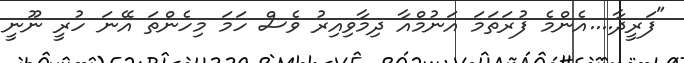
"ފަރީދާ....އެންމެ ފުރަތަމަ އަނުމްއާ ދިމާވިއިރު ވެސް ހަމަ މިހެންތަ އޭނަ ހުރީ ނޫނީ